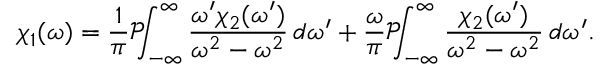
\chi _ { 1 } ( \omega ) = { \frac { 1 } { \pi } } { \mathcal { P } } \! \! \! \int _ { - \infty } ^ { \infty } { \frac { \omega ^ { \prime } \chi _ { 2 } ( \omega ^ { \prime } ) } { \omega ^ { 2 } - \omega ^ { 2 } } } \, d \omega ^ { \prime } + { \frac { \omega } { \pi } } { \mathcal { P } } \! \! \! \int _ { - \infty } ^ { \infty } { \frac { \chi _ { 2 } ( \omega ^ { \prime } ) } { \omega ^ { 2 } - \omega ^ { 2 } } } \, d \omega ^ { \prime } .